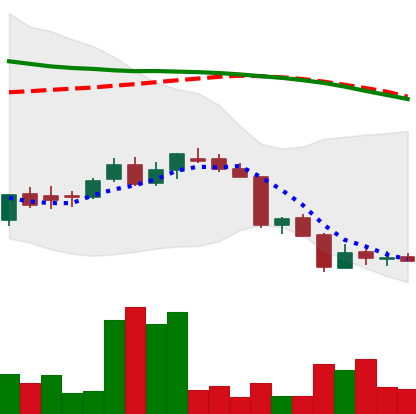
Ticker: DOGE-USD
Chart end date: 2018-06-17
Forward return: -7.135%
Label: down_7plus